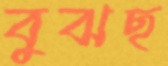
বুঝছ